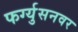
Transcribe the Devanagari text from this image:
फर्ग्युसनवर